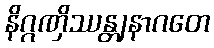
နိဂ္ဂဏှိဿန္တျနာဂတေ